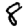
Digit: 8